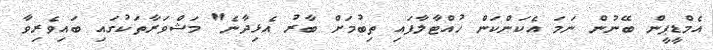
އެމްޑީޕީން ބޭނުން ނަމަ އެކަންކަން ހުއްޓާލާފައި ތިބުމަށް ބާރު އެޅިދާނެ" މަޝްވަރާތަކުގައި ބައިވެރިވާ